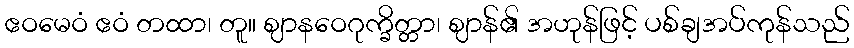
ဧဝမေဝံ ဧဝံ တထာ၊ တူ။ ဈာနဝေဂုက္ခိတ္တာ၊ ဈာန်၏ အဟုန်ဖြင့် ပစ်ချအပ်ကုန်သည်